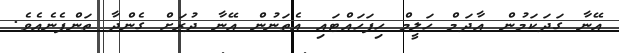
އޭނާ ގަދަކަމުން އާދަމް ހަލީމް ހިފަހައްޓައި އެތަނުން އޭނާ ދުރަށް ގެންދާ ތަންފެނެއެވެ.